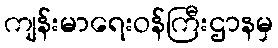
ကျန်းမာရေးဝန်ကြီးဌာနမှ